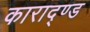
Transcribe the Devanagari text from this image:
काराद्ण्ड